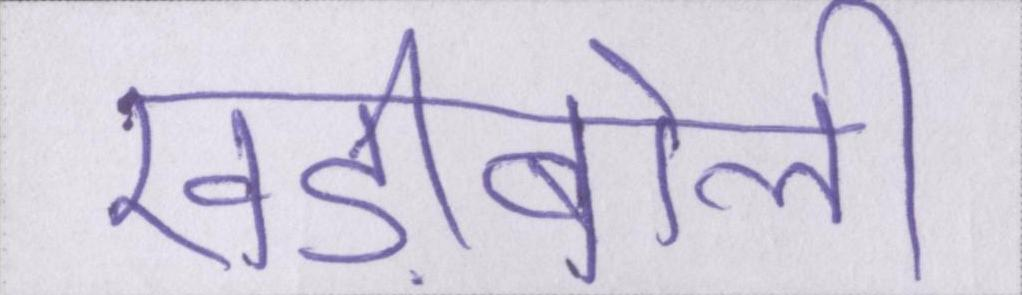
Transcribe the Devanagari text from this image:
खड़ीबोली